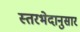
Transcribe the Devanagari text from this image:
स्तरभेदानुसार